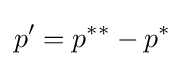
p'=p^{**}-p^{*}